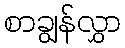
စာချွန်လွှာ